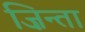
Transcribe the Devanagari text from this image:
ज़िन्ता